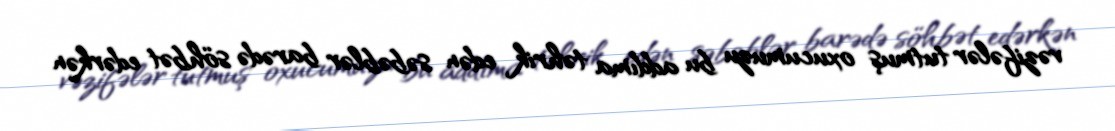
vəzifələr tutmuş oxucumuzu bu addıma təhrik edən səbəblər barədə söhbət edərkən